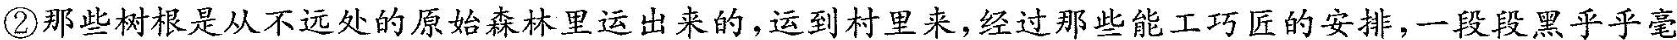
②那些树根是从不远处的原始森林里运出来的，运到村里来，经过那些能工巧匠的安排，一段段黑乎乎毫